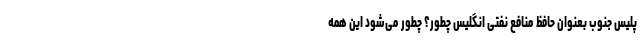
پلیس جنوب بعنوان حافظ منافع نفتی انگلیس چطور؟ چطور می‌شود این همه